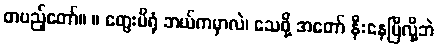
တပည့်တော်။ ။ တွေးမိရုံ ဘယ်ကမှာလဲ၊ သေဖို့ အတော် နီးနေပြီလို့ဘဲ